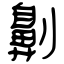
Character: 劓